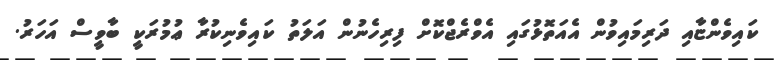
ކައިވެންޏާއި ދަރިމައިވުން އެއަތޮޅުގައި އެވްރެޖްކޮށް ފިރިހެނުން އަލަތު ކައިވެނިކުރާ ޢުމުރަކީ ބާވީސް އަހަރު.